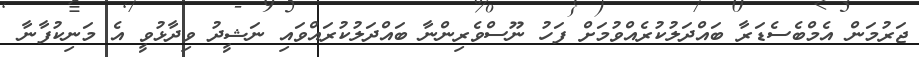
ޖަރުމަން އެމްބެސެޑަރާ ބައްދަލުކުރެއްވުމަށް ފަހު ނޫސްވެރިންނާ ބައްދަލުކުރައްވައި ނަޝީދު ވިދާޅުވީ އެ މަނިކުފާނާ